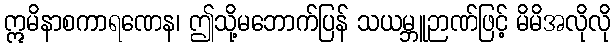
ဣမိနာစကာရဏေန၊ ဤသို့မဘောက်ပြန် သယမ္ဘူဉာဏ်ဖြင့် မိမိအလိုလို